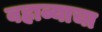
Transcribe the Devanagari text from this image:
बहाव्याचा